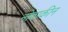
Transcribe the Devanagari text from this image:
नोवाकीन